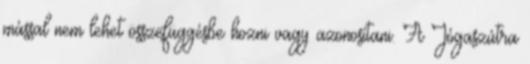
mással nem lehet összefüggésbe hozni vagy azonosítani. A Jógaszútra